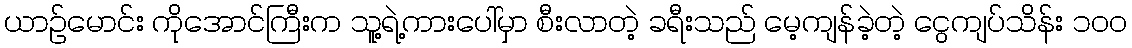
ယာဉ်မောင်း ကိုအောင်ကြီးက သူ့ရဲ့ကားပေါ်မှာ စီးလာတဲ့ ခရီးသည် မေ့ကျန်ခဲ့တဲ့ ငွေကျပ်သိန်း ၁၀၀